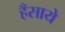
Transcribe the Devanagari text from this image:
हँसाये